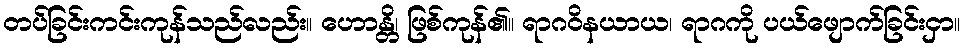
တပ်ခြင်းကင်းကုန်သည်လည်း။ ဟောန္တိ၊ ဖြစ်ကုန်၏။ ရာဂဝိနယာယ၊ ရာဂကို ပယ်ဖျောက်ခြင်းငှာ။